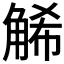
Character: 𧣩